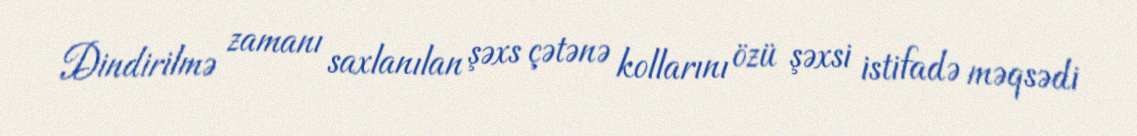
Dindirilmə zamanı saxlanılan şəxs çətənə kollarını özü şəxsi istifadə məqsədi